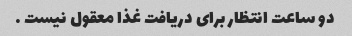
دو ساعت انتظار برای دریافت غذا معقول نیست …